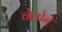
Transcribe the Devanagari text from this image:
चेलोने